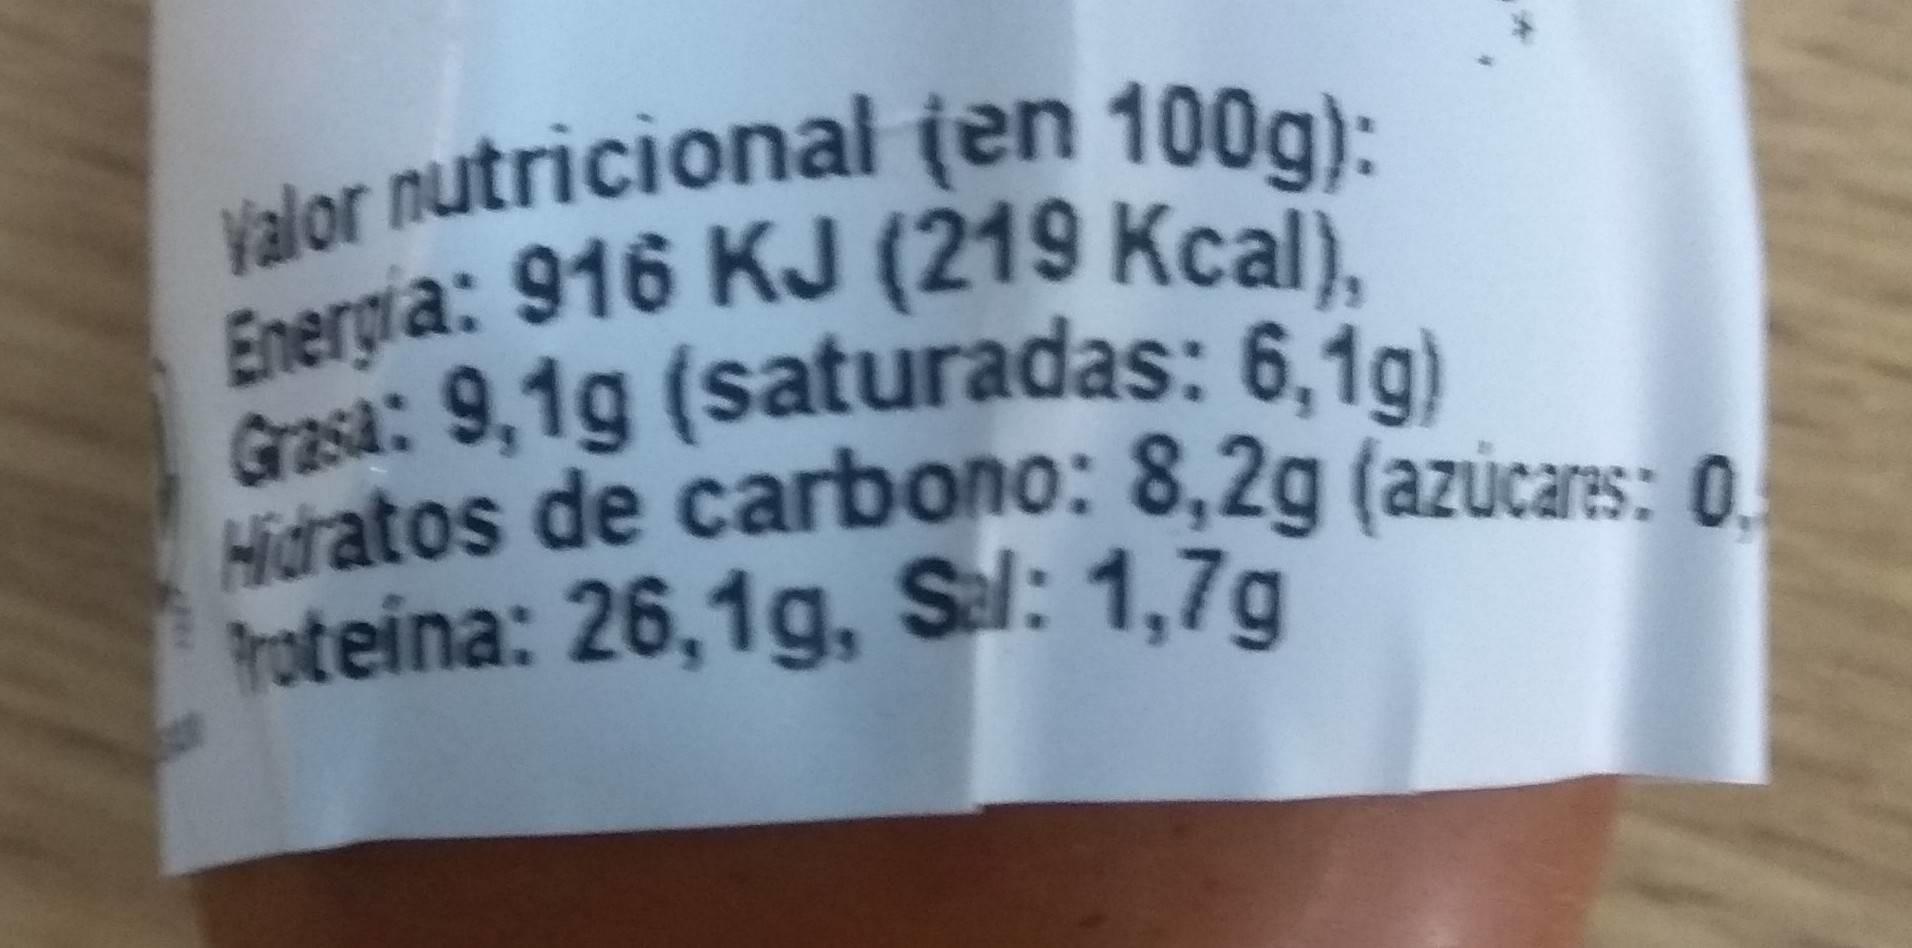
Valor nutricional (en 100g): Energia: 916 KJ (219 Kcal), Grasa: 9,1g (saturadas: 6,1g) Hidratos de carbono: 8,2g (azucares: 0. Proteina: 26,1g, Sal: 1,7g